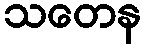
သတေန